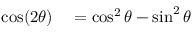
\begin{array} { r l } { \cos ( 2 \theta ) } & { { } = \cos ^ { 2 } \theta - \sin ^ { 2 } \theta } \end{array}